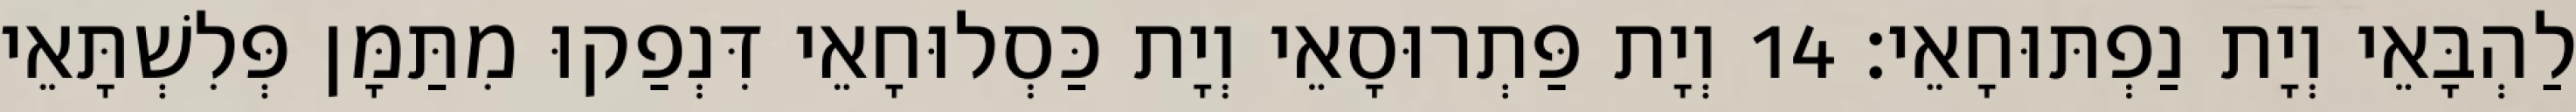
לַהְבָּאֵי וְיָת נַפְתּוּחָאֵי׃ 14 וְיָת פַּתְרוּסָאֵי וְיָת כַּסְלוּחָאֵי דִּנְפַקוּ מִתַּמָּן פְּלִשְׁתָּאֵי